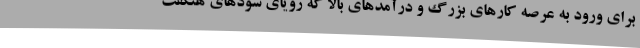
برای ورود به عرصه کارهای بزرگ و درآمدهای بالا که رویای سودهای هنگفت